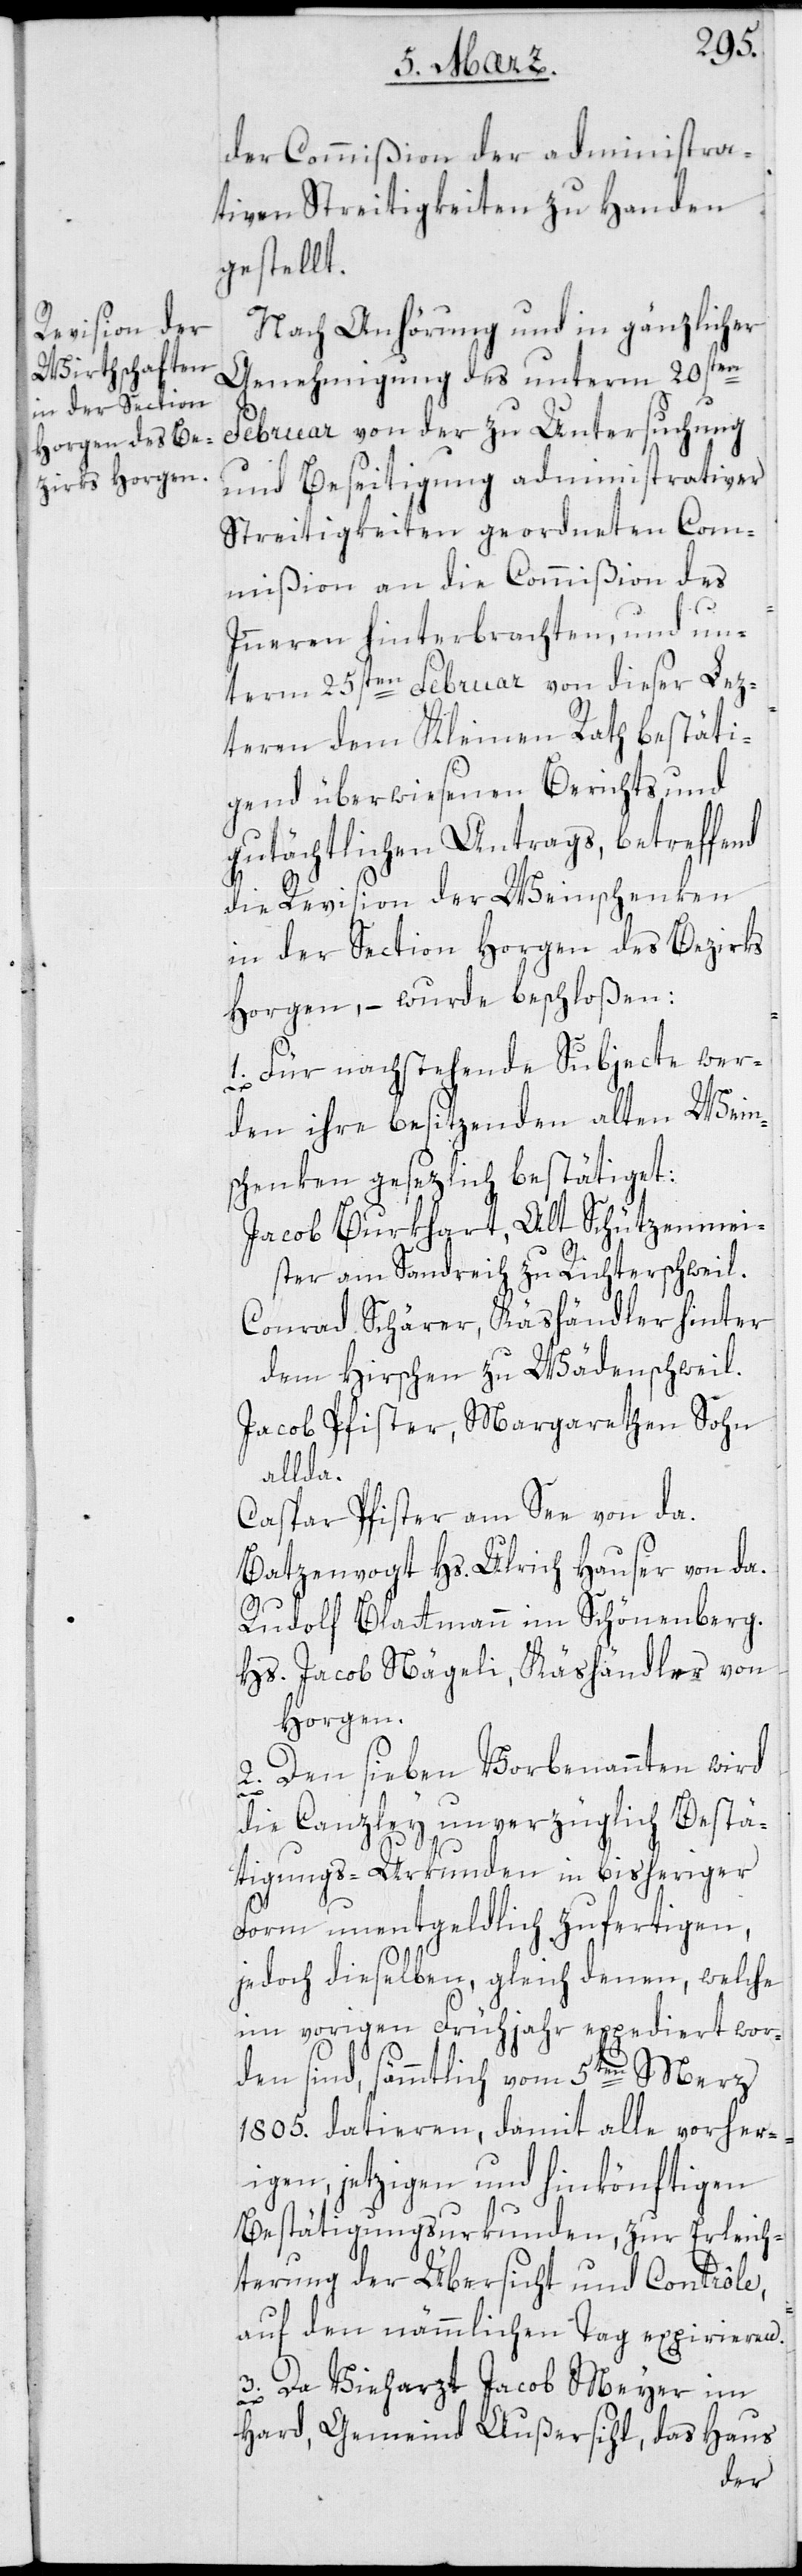
der Commißion der administra¬
tiven Streitigkeiten zu Handen
gestellt.
Nach Anhörung und in gänzlicher
Genehmigung des unterm 20sten
Februar von der zu Untersuchung
und Beseitigung administrativer
Streitigkeiten geordneten Com¬
mißion an die Commißion des
Innern hinterbrachten und un¬
term 25sten Februar von dieser Lez¬
teren dem Kleinen Rath bestäti¬
gend überwiesenen Berichts und
gutächtlichen Antrags, betreffend
die Revision der Weinschenken
in der Section horgen des Bezirks
Horgen, – wurde beschloßen:
1. Für nachstehende Subjecte wer¬
den ihre besitzenden alten Wein¬
schenken gesetzlich bestätiget:
Jacob Burkhart, Alt-Schützenmei¬
ster am Sandreih zu Richterschweil.
Conrad Schärer, Käshändler, hinter
dem Hirschen zu Wädenschweil.
Jacob Pfister, Margarethen Sohn
allda.
Caspar Pfister am See, von da.
Batzenvogt Hs. Ulrich Hauser von da.
Rudolf Blattmann im Schönenberg.
Hs. Jacob Nägeli, Käshändler von
Horgen.
2. Den sieben Vorbenannten wird
die Canzley unverzüglich Bestä¬
tigungs-Urkunden in bisheriger
Form unentgeldlich zufertigen,
jedoch dieselben, gleich denen, welche
im vorigen Frühjahr expediert wor¬
den sind, sämtlich vom 5ten Merz
1805. datieren, damit alle vorher¬
igen, jetzigen und hinkönftigen
Bestätigungs-Urkunden, zur Erleich¬
terung der Übersicht und Contrôle,
auf den nämmlichen Tag expirieren.
3. Da Vieharzt Jacob Meyer im
Hard, Gemeind Außersihl, das Haus